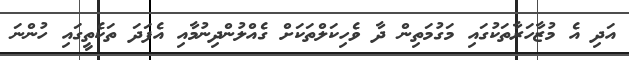
އަދި އެ މުޒާހަރާތަކުގައި މަގުމަތިން ދާ ވެހިކަލްތަކަށް ގެއްލުންދިނުމާއި އެފަދަ ތަކެތީގައި ހުންނަ